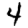
Digit: 4